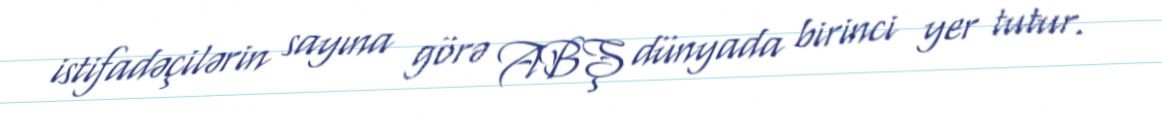
istifadəçilərin sayına görə ABŞ dünyada birinci yer tutur.